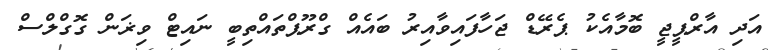
އަދި އާރްޕީޖީ ބޮމާއެކު ޕެރޭޑް ޖަހާފައިވާއިރު ބައެއް ގްރޫޕްތައްތިބީ ނައިޓް ވިޜަން ގޮގްލްސް